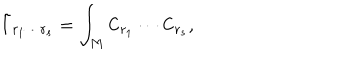
\tilde { I } _ { r _ { 1 } \cdots r _ { s } } = \int _ { M } { \sf C } _ { r _ { 1 } } \cdots { \sf C } _ { r _ { s } } ,